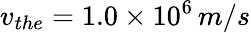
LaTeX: v_{the}=1.0\times 10^{6}\, {m/s}